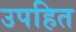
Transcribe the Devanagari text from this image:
उपहित